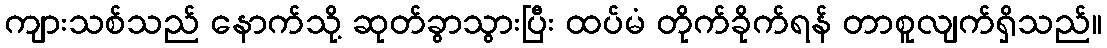
ကျားသစ်သည် နောက်သို့ ဆုတ်ခွာသွားပြီး ထပ်မံ တိုက်ခိုက်ရန် တာစူလျက်ရှိသည်။